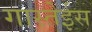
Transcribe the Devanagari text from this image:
गास्तेईस